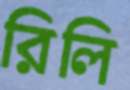
রিলি